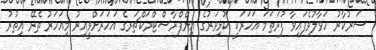
ސަރުކާރު ހަވާލުވެފައިވާ ފުރަތަމަ އަހަރަކީ ކުޅިވަރުގެ އިންފްރާސްޓްރަކްޗަރގެ އަހަރަށްވީއިރު މިއަހަރު ތެރޭ އިތުރު